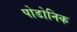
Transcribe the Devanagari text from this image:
पोडोनिक